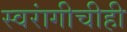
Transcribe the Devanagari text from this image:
स्वरांगीचीही